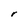
Character: r